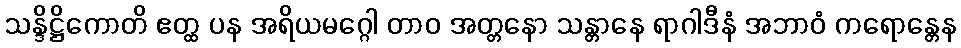
သန္ဒိဋ္ဌိကောတိ ဧတ္ထ ပန အရိယမဂ္ဂေါ တာဝ အတ္တနော သန္တာနေ ရာဂါဒီနံ အဘာဝံ ကရောန္တေန